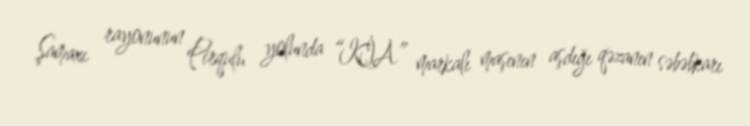
Şamaxı rayonunun Pirqulu yolunda “KİA” markalı maşının aşdığı qəzanın səbəbkarı